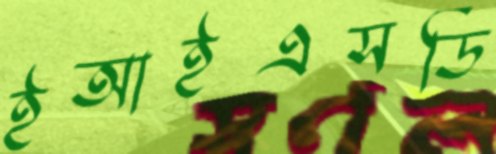
ইআইএসডি